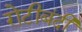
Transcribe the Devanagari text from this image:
रोटीबंदी